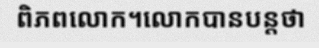
ពិភពលោក។លោកបានបន្តថា